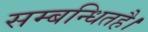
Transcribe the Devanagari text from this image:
सम्बन्धितहै।